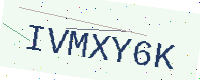
Text: IVMXY6K